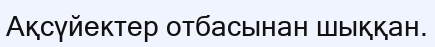
Ақсүйектер отбасынан шыққан.